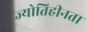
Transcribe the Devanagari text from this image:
ज्योतिहीनता